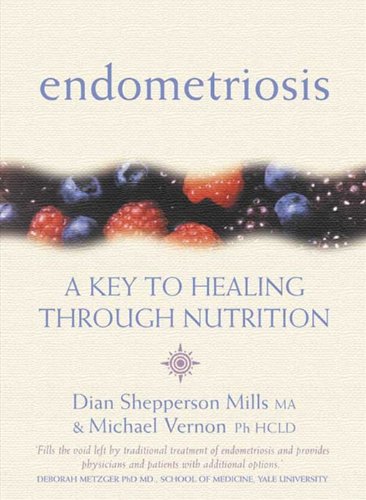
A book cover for Endometriosis: A Key to Healing Through Nutrition; Dian Shepperson Mills; Health, Fitness & Dieting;